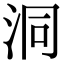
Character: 洞